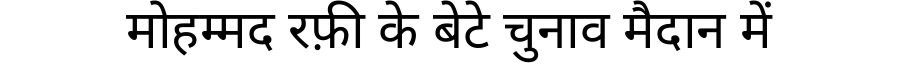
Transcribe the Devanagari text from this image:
मोहम्मद रफ़ी के बेटे चुनाव मैदान में